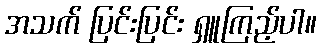
အသက် ပြင်းပြင်း ရှူကြည့်ပါ။